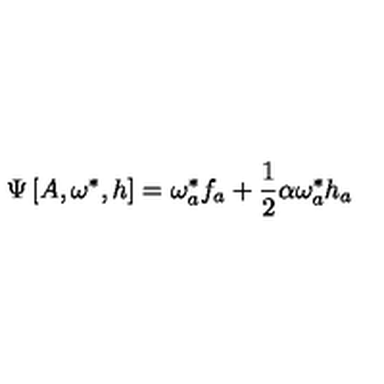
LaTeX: \Psi \left[ A , \omega ^ { * } , h \right] = \omega _ { a } ^ { * } f _ { a } + \frac { 1 } { 2 } \alpha \omega _ { a } ^ { * } h _ { a }